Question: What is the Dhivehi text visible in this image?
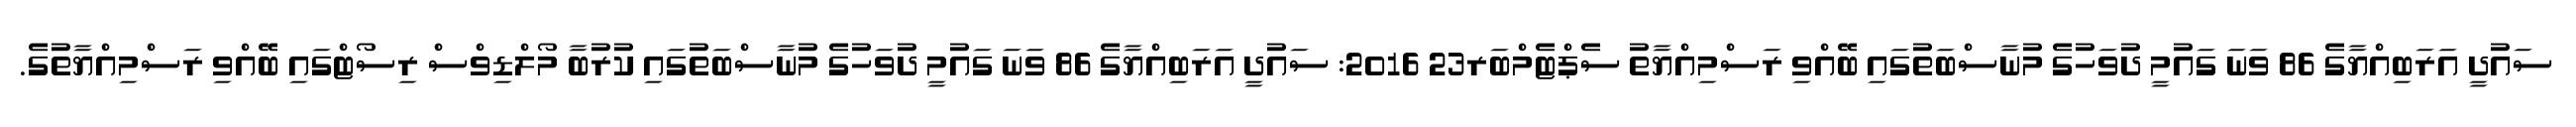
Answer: ސައުދީ އަރަބިއްޔާގެ 86 ވަނަ ގައުމީ ދުވަހުގެ މުނާސްބަތުގައި ބޭއްވި ރަސްމިއްޔާތު ސެޕްޓެމްބަރ23 2016: ސައުދީ އަރަބިއްޔާގެ 86 ވަނަ ގައުމީ ދުވަހުގެ މުނާސްބަތުގައި ކުރުބާ މޯލްޑިވްސް ރިސޯޓްގައި ބޭއްވި ރަސްމިއްޔާތުގެ.